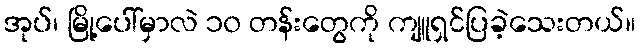
အုပ်၊ မြို့ပေါ်မှာလဲ ၁၀ တန်းတွေကို ကျူရှင်ပြခဲ့သေးတယ်။